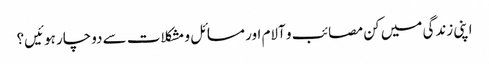
اپنی زندگی میں کن مصائب و آلام اور مسائل و مشکلات سے دوچار ہوئیں؟